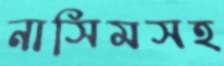
নাসিমসহ